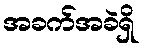
အခက်အခဲရှိ